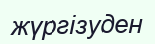
жүргізуден